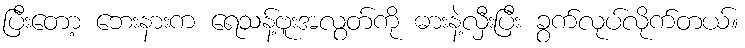
ပြီးတော့ ဘေးနားက ရေသန့်ဗူးအလွတ်ကို ဓားနဲ့လှီးပြီး ခွက်လုပ်လိုက်တယ်။